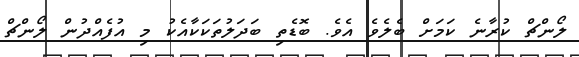
ލޯންޗް ކުރާނެ ކަމަށް ބެލެވެ އެވެ. ބޮޑެތި ބަދަލުތަކަކާއެކު މި އުފެއްދުން ލޯންޗް